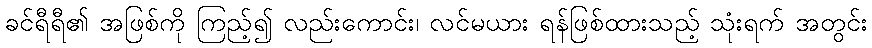
ခင်ရီရီ၏ အဖြစ်ကို ကြည့်၍ လည်းကောင်း၊ လင်မယား ရန်ဖြစ်ထားသည့် သုံးရက် အတွင်း